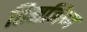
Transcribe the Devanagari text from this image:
तिमनिया